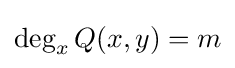
\deg _{x}Q(x,y)=m